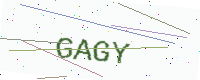
Text: GAGY